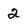
Character: 2